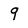
Character: 9